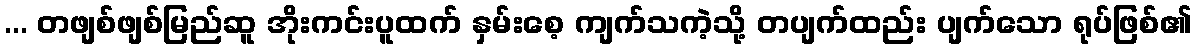
... တဖျစ်ဖျစ်မြည်ဆူ အိုးကင်းပူထက် နှမ်းစေ့ ကျက်သကဲ့သို့ တပျက်ထည်း ပျက်သော ရုပ်ဖြစ်၏